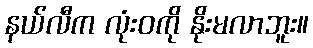
နယ်လီက လုံးဝကို နိုးမလာဘူး။